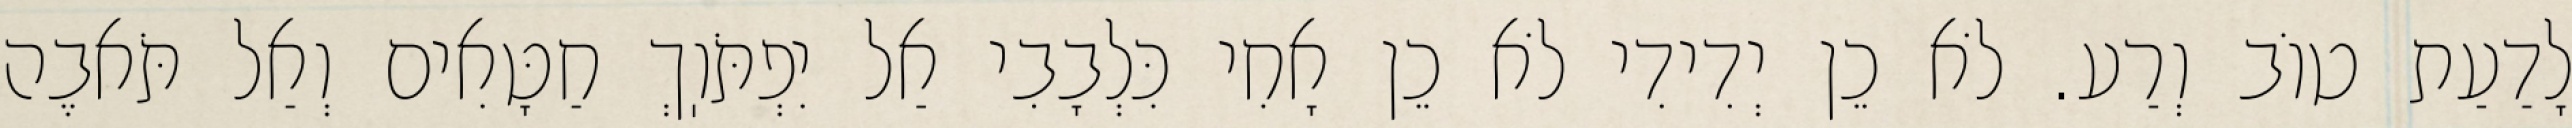
לָדַעַת טוֹב וְרַע. לֹא כֵן יְדִידִי לֹא כֵן אָחִי כִּלְבָבִי אַל יִפְתֹּוֽךְ חַטָּאִים וְאַל תֹּאבֶה